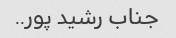
جناب رشید پور..